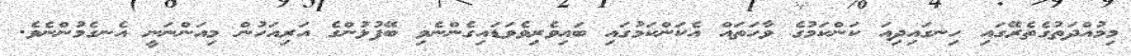
މިމުއްދަތުގެތެރޭގައި ހިނގައިދިއަ ކަންކަމުގެ ވާހަތައް އެކަންކަމުގައި ބައިވެރިވެވަޑައިގެންނެވި ބޭފުޅުންގެ އަރިއަހުން މިއަންނަނީ އެނގެމުންނެވެ.